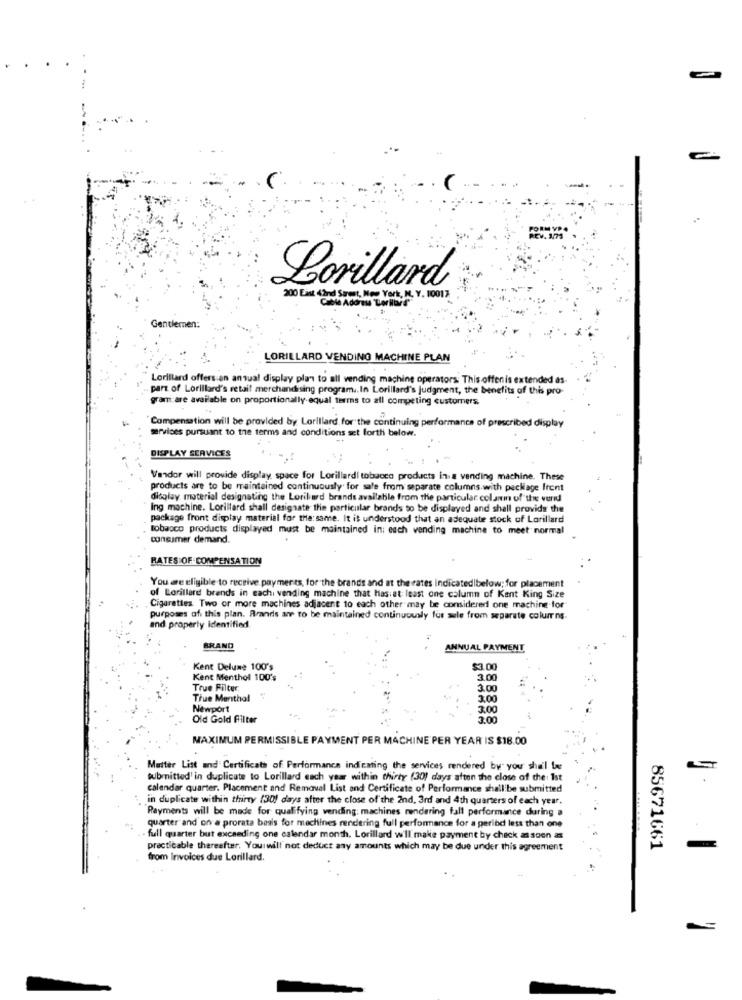
Lorillard
200 Eist 42nd Street, Mon York, M. V. 10017
Gentlemen:
LORILLARD VENDING MACHINE PLAN
Lorillard offers an antual display plan to all vending machine operators: This offenis extended as-
. part of Lorillard's retail merchandising program .. In Lorillard's judgment, the benefits of this pro-
gram are available on proportionally equal terms to all competing customers.
Compensation will be provided by Lorillard for the continuing performance of prescribed display
services pursuant to the terms and conditions set forth below.
DISPLAY SERVICES
Vendor will provide display, space for Lorillardl tobacco products in a vending machine. These
products are to be maintained continuously for sale from separate columns.with package front
display material designating the Lorilard brands available from the particular colamm of the verd
Ing machine. Lorillard shall designate the particular brands to be displayed and shall provide the
package front display material for the: same. It is understood that an adequate stock of Lorillard
tobacco products displayed must be maintained in; each vending machine to meet normal
consumer demand.
RATES OF COMPENSATION
You are eligible to receive payments, for the brands and at the rates indicatedibelow; for placement
of Lorillard brands in cachi vending machine that hasi at least one column of Kant King Size
Cigarettes Two or more machines adjacent to each other may be considered one machine for
purposes of this plan. Brandis are to be maintained continuously for sale from separate columns-
and property identified
BRAND
ANNUAL PAYMENT
Kent Delume 100's
$3.00
Kent Menthol 100's
3.00
True Filter
3.00
Třue Menthal
Newport
3.00
Old Gold Filter
3.00
MAXIMUM PERMISSIBLE PAYMENT PER MACHINE PER YEAR IS $18.00
Master List and Certificats of Performance indicating the services rendered by you shall Inc
submitted' in duplicate to Lorillard each year within thirty (30) days aften the close of the Ist
calendar quarter. Placement and Removal List and Certificate of Performance shall be submitted
in duplicate within thirty (30) days after the close of the 2nd, 3rd and 4th quarters of each year.
Payments will be made for qualifying vending machines rendering fall performance during a
quarter and on a prorata basis for machines rendering full performance for a geribd less than one
full quarter but exceeding one calendar month. Lorillard w'll make payment by check as soon as
practicable thereafter. You will not deduct any amounts which may be due under this agreement
85671661
-
from Invoices due Lorillard.